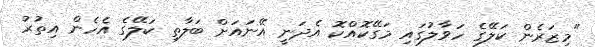
"މިޒަރެން ކަލޭގެ ހަވާލުގައި މަގޭކޮއްކޮ އެދަނީ އޭނައަށް ބަލާތި ކަލޭގެ އެހެން އިތުރު